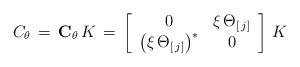
LaTeX: \begin{align*}C_\theta\,=\,{\bf C}_\theta\,K\,=\,\left[\begin{array}{cc}0&\xi\,\Theta_{[\,j]}\\\left(\xi\,\Theta_{[\,j]}\right)^\ast&0\end{array}\right]\,K\end{align*}